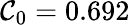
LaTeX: \mathcal{C}_{0}=0.692